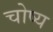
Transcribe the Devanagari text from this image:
चोष्‍य